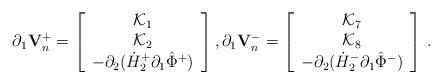
LaTeX: \begin{align*}\partial_1{\mathbf V}^+_n=\left[\begin{array}{c} \mathcal{K}_{1}\\ \mathcal{K}_{2}\\ -\partial_2(\dot{H}^+_2\partial_1\hat{\Phi}^+) \end{array}\right],\partial_1{\mathbf V}^-_n=\left[\begin{array}{c} \mathcal{K}_{7}\\ \mathcal{K}_{8}\\ -\partial_2(\dot{H}^-_2\partial_1\hat{\Phi}^-) \end{array}\right]\,.\end{align*}